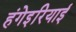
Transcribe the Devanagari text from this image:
हंगेइरियाई